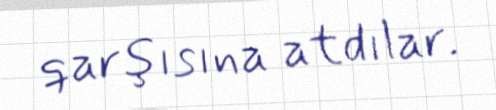
qarşısına atdılar.